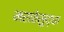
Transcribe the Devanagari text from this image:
मराठेसुद्धा